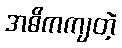
အဓိကကျတဲ့